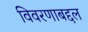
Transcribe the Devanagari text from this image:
विवरणाबद्दल